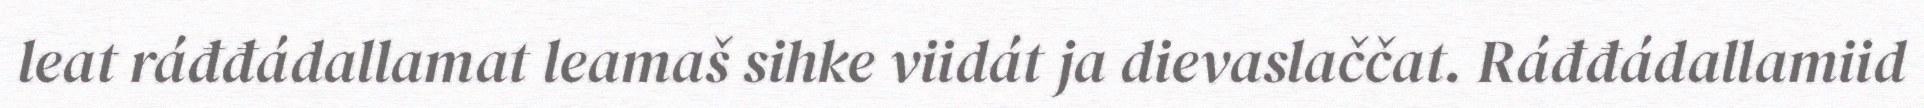
leat ráđđádallamat leamaš sihke viidát ja dievaslaččat. Ráđđádallamiid